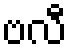
ဗလီ